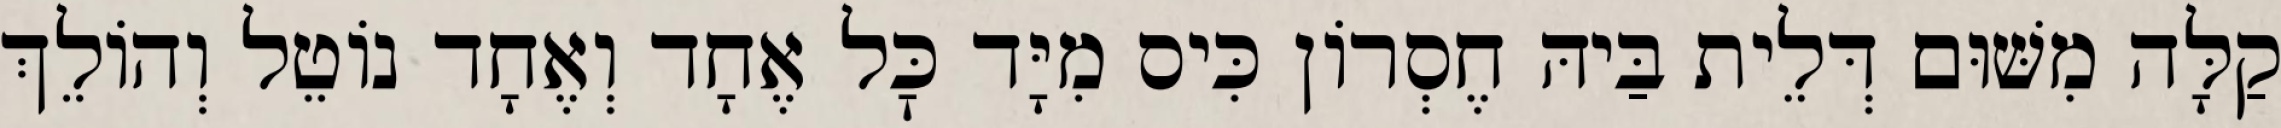
קַלָּה מִשּׁוּם דְּלֵית בַּיהּ חֶסְרוֹן כִּיס מִיָּד כׇּל אֶחָד וְאֶחָד נוֹטֵל וְהוֹלֵךְ